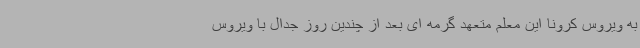
به ویروس کرونا این معلم متعهد گرمه ای بعد از چندین روز جدال با ویروس